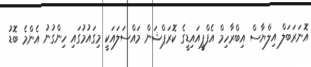
އޮނަރަބަލް އިލްޔާސް އިބްރާހިމް އެފްޕީއައިޑީގެ ކޮރަޕްޝަން މައްސަލައަކީ މިގައުމުގައި ހިންގުނު އެންމެ ބޮޑު